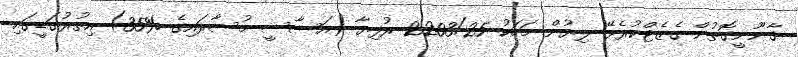
ޤާނޫނީގޮތުން ގެޒެޓްކުރެވޭ ލިޔުން މަހަކު 2203/25 ރުފިޔާ (އަސާސީ މުސާރައިގެ %35) އިތުރުގަޑީގައި